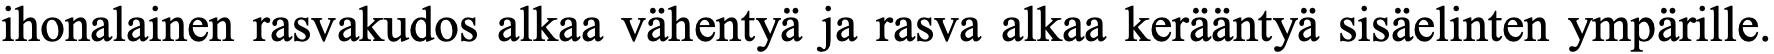
ihonalainen rasvakudos alkaa vähentyä ja rasva alkaa kerääntyä sisäelinten ympärille.